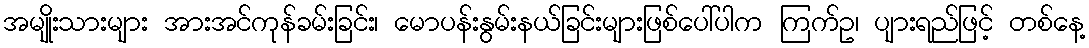
အမျိုးသားများ အားအင်ကုန်ခမ်းခြင်း၊ မောပန်းနွမ်းနယ်ခြင်းများဖြစ်ပေါ်ပါက ကြက်ဥ၊ ပျားရည်ဖြင့် တစ်နေ့